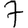
Digit: 7